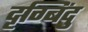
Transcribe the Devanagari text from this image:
दृग्बिंदु